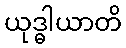
ယုဒ္ဓါယာတိ